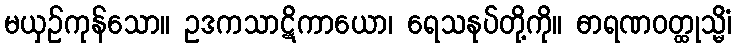
မယှဉ်ကုန်သော။ ဥဒကသာဋိကာယော၊ ရေသနုပ်တို့ကို။ ဓာရဏဝတ္ထုသ္မိံ၊